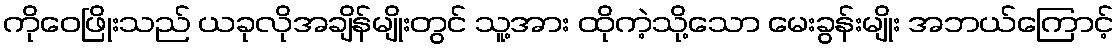
ကိုဝေဖြိုးသည် ယခုလိုအချိန်မျိုးတွင် သူ့အား ထိုကဲ့သို့သော မေးခွန်းမျိုး အဘယ်ကြောင့်